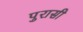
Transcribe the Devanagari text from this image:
पुरासी